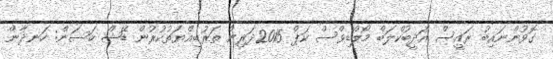
ގޮވުންނައިބު ރައީސް އަދީބުކްލަބް މޯލްޑިވްސް ކަޕް 2015ދަރިން ތަރުބިއްޔަތުކުރުން ޑޭޝް ހަސަން: ހަނދާން